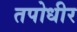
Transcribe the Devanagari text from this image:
तपोधीर